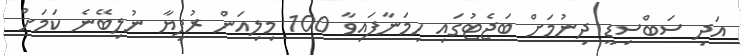
އަދި ސަބްސިޑީ ދިނުމަށް ބަޖެޓުގައި ހިމަނާފައިވާ 100 މިލިއަން ރުފިޔާ ނުލިބޭނެ ކަމަށް